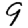
Digit: 9